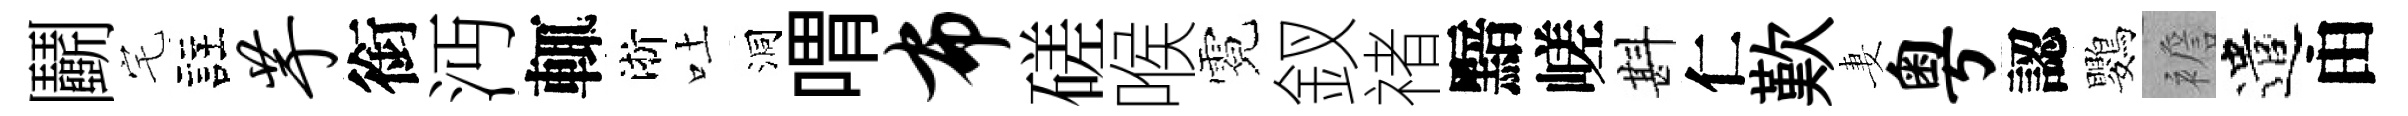
鬬宅註芋銜沔輒淅吐洞喟布磋喉霓釵禇黯嵯斟仁歎妻粤認鸚襜遣由